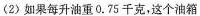
(2)如果每升油重0.75千克，这个油箱